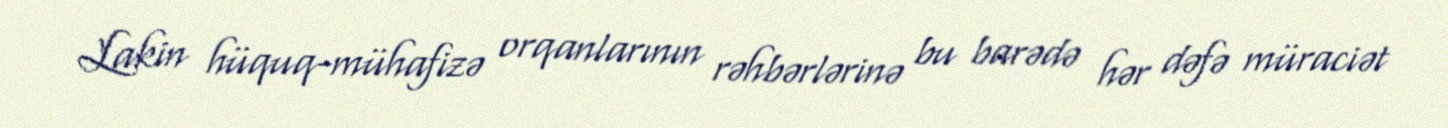
Lakin hüquq-mühafizə orqanlarının rəhbərlərinə bu barədə hər dəfə müraciət